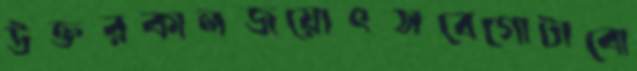
উক্তরকালজয়োৎসবেগোটাবো